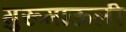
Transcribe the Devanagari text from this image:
गुरूमाऊली